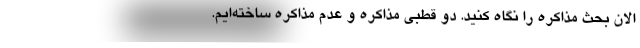
الان بحث مذاکره را نگاه کنید. دو قطبی مذاکره و عدم مذاکره ساخته‌ایم.